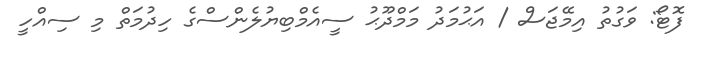
ފޮޓޯ: ވަގުތު އިމޭޖަސް / އަޙުމަދު މަމްދޫޙު ސީއެމްބިޔުލެންސްގެ ހިދުމަތް މި ސިއްހީ